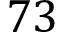
7 3